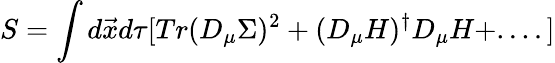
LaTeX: S=\int d\vec{x}d\tau[Tr(D_{\mu}\Sigma)^{2}+(D_{\mu}H)^{\dagger}D_{\mu}H+....]